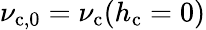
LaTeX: \nu_{\mathrm{c},0}=\nu_{\mathrm{c}}(h_{\mathrm{c}}=0)